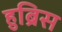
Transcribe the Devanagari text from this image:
हुब्रिस